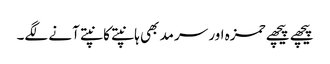
پیچھے پیچھے حمزہ اور سرمد بھی ہانپتے کانپتے آنے لگے۔